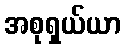
အစုရှယ်ယာ